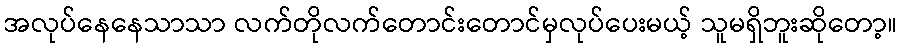
အလုပ်နေနေသာသာ လက်တိုလက်တောင်းတောင်မှလုပ်ပေးမယ့် သူမရှိဘူးဆိုတော့။